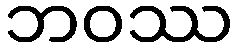
ဘဝဿ